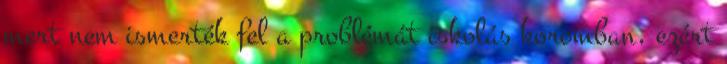
mert nem ismerték fel a problémát iskolás koromban, ezért